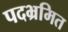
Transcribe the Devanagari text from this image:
पदभ्रमित